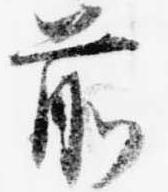
前